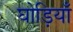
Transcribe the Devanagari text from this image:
घोड़ियाँ